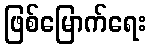
ဖြစ်မြောက်ရေး